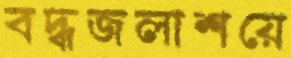
বদ্ধজলাশয়ে